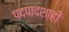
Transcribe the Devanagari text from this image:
पदपादशाही